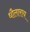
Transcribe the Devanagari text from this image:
धौलाराय